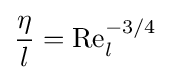
{\frac {\eta }{l}}={\text{Re}}_{l}^{-3/4}